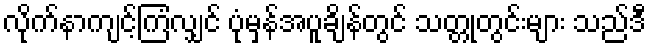
လိုက်နာကျင့်ကြံလျှင် ပုံမှန်အပူချိန်တွင် သတ္တုတွင်းများ သည်ဒီ